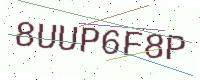
Text: 8UUP6F8P